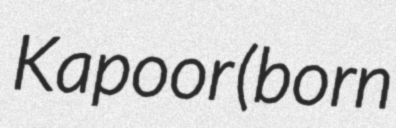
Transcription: Kapoor (born